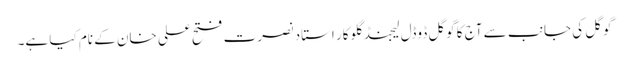
گوگل کی جانب سے آج کا گوگل ڈوڈل لیجنڈ گلوکار استاد نصرت فتح علی خان کے نام کیا ہے۔